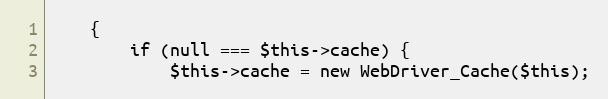
Language: PHP
    {
        if (null === $this->cache) {
            $this->cache = new WebDriver_Cache($this);